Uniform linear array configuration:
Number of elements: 48
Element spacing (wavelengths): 1
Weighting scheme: blackman
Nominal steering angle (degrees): -30
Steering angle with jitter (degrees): -29.414
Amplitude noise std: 0.05
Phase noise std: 0.05

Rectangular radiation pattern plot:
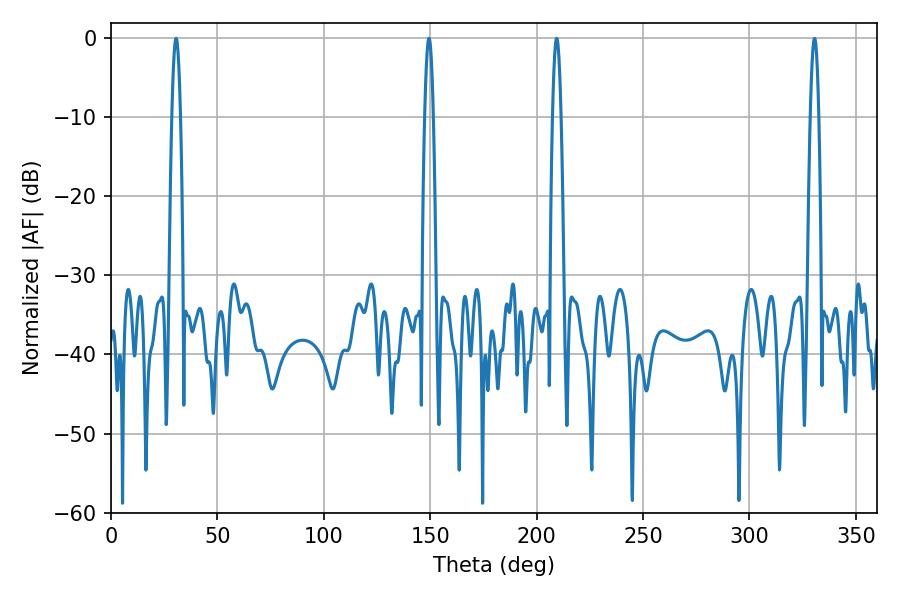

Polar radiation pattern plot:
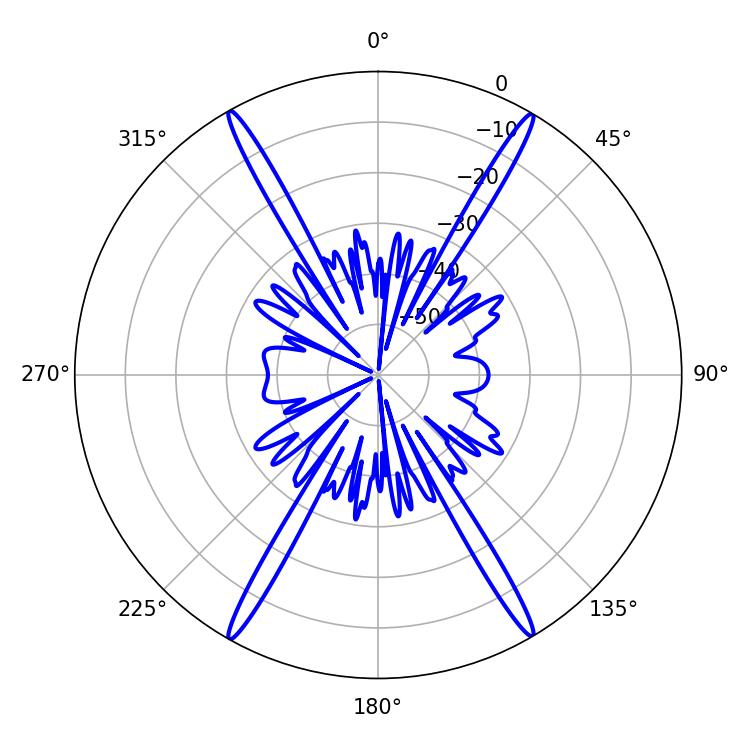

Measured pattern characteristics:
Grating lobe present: TRUE
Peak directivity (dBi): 30.059
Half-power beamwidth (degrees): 2.16
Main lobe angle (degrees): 149.4